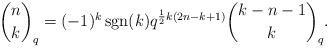
LaTeX: \begin{align*} \binom{n}{k}_q = (- 1)^k \operatorname{sgn} (k) q^{\frac{1}{2} k (2 n - k + 1)} \binom{k - n - 1}{k}_q . \end{align*}